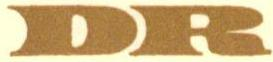
DR